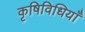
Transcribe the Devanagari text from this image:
कृषिविधियाँ